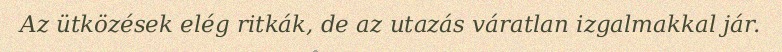
Az ütközések elég ritkák, de az utazás váratlan izgalmakkal jár.